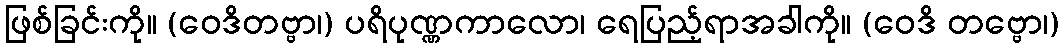
ဖြစ်ခြင်းကို။ (ဝေဒိတဗ္ဗာ၊) ပရိပုဏ္ဏကာလော၊ ရေပြည့်ရာအခါကို။ (ဝေဒိ တဗ္ဗော၊)